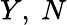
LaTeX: Y,~N